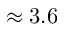
\approx 3 . 6